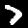
Digit: 7